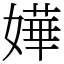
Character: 嬅